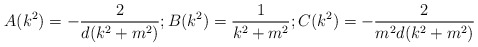
\begin{align*}A(k^2)=-\frac{2}{d(k^2+m^2)};B(k^2)=\frac{1}{k^2+m^2}; C(k^2)=-\frac{2}{m^2d(k^2+m^2)}\end{align*}